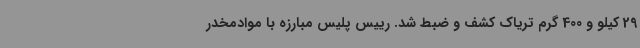
29 کیلو و 400 گرم تریاک کشف و ضبط شد. رییس پلیس مبارزه با موادمخدر